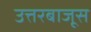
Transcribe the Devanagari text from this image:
उत्तरबाजूस